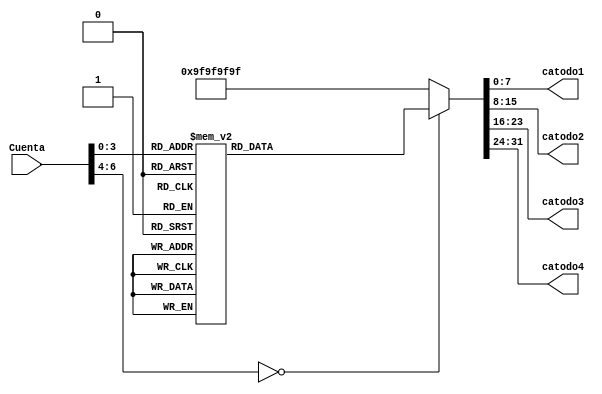
`timescale 1ns / 1ps
//////////////////////////////////////////////////////////////////////////////////
// Company: 
// Engineer: 
// 
// Design Name: 
// Module Name:    Decodificador 
// Project Name: 
// Target Devices: 
// Tool versions: 
// Description: 
//
// Dependencies: 
//
// Revision: 
// Revision 0.01 - File Created
// Additional Comments: 
//
//////////////////////////////////////////////////////////////////////////////////
module Decodificador(
   input [6:0] Cuenta,
	output reg [7:0] catodo1,catodo2,catodo3,catodo4
    );
    
	 always @(*)
	    begin
	    case (Cuenta)
		    6'd0: begin
			           catodo1 <= 8'b00000011;
						  catodo2 <= 8'b00000011;
					     catodo3 <= 8'b00000011;
					     catodo4 <= 8'b00000011;
			        end 
			 6'd1: begin
						 catodo1 <= 8'b10011111;
						 catodo2 <= 8'b00000011;
						 catodo3 <= 8'b00000011;
						 catodo4 <= 8'b00000011; 
			        end 
			 6'd2: begin
						 catodo1 <= 8'b00100101;
						 catodo2 <= 8'b00000011;
						 catodo3 <= 8'b00000011;
						 catodo4 <= 8'b00000011;
			        end 
			 6'd3: begin
						 catodo1 <= 8'b00001101;
						 catodo2 <= 8'b00000011;
						 catodo3 <= 8'b00000011;
						 catodo4 <= 8'b00000011;
			        end 
			 6'd4: begin
						 catodo1 <= 8'b10011001;
						 catodo2 <= 8'b00000011;
						 catodo3 <= 8'b00000011;
						 catodo4 <= 8'b00000011;
			        end 
			 6'd5: begin
						 catodo1 <= 8'b01001001;
						 catodo2 <= 8'b00000011;
						 catodo3 <= 8'b00000011;
						 catodo4 <= 8'b00000011;
			        end 
			 6'd6: begin
						 catodo1 <= 8'b01000001;
						 catodo2 <= 8'b00000011;
						 catodo3 <= 8'b00000011;
						 catodo4 <= 8'b00000011;
			        end 
			 6'd7: begin
						 catodo1 <= 8'b00011111;
						 catodo2 <= 8'b00000011;
						 catodo3 <= 8'b00000011;
						 catodo4 <= 8'b00000011;
			        end 
			 6'd8: begin
						 catodo1 <= 8'b00000001;
						 catodo2 <= 8'b00000011;
						 catodo3 <= 8'b00000011;
						 catodo4 <= 8'b00000011;
			        end 
			 6'd9: begin
						 catodo1 <= 8'b00011001;
						 catodo2 <= 8'b00000011;
						 catodo3 <= 8'b00000011;
						 catodo4 <= 8'b00000011;
			        end 
			 6'd10: begin
						 catodo1 <= 8'b00000011;
						 catodo2 <= 8'b10011111;
						 catodo3 <= 8'b00000011;
						 catodo4 <= 8'b00000011;
			        end 
			 6'd11: begin
						 catodo1 <= 8'b10011111;
						 catodo2 <= 8'b10011111;
						 catodo3 <= 8'b00000011;
						 catodo4 <= 8'b00000011;
			        end 
			 6'd12: begin
						 catodo1 <= 8'b00100101;
						 catodo2 <= 8'b10011111;
						 catodo3 <= 8'b00000011;
						 catodo4 <= 8'b00000011;
			        end 
			 6'd13: begin
						 catodo1 <= 8'b00001101;
						 catodo2 <= 8'b10011111;
						 catodo3 <= 8'b00000011;
						 catodo4 <= 8'b00000011;
			        end 
			 6'd14: begin
						 catodo1 <= 8'b10011001;
						 catodo2 <= 8'b10011111;
						 catodo3 <= 8'b00000011;
						 catodo4 <= 8'b00000011;
			        end 
			 6'd15: begin
						 catodo1 <= 8'b01001001;
						 catodo2 <= 8'b10011111;
						 catodo3 <= 8'b00000011;
						 catodo4 <= 8'b00000011;
			        end 
			 default: begin
						 catodo1 <= 8'b10011111;
						 catodo2 <= 8'b10011111;
						 catodo3 <= 8'b10011111; 
						 catodo4 <= 8'b10011111;
                   end 	
        endcase		
		end	 
endmodule